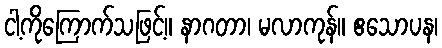
ငါ့ကိုကြောက်သဖြင့်။ နာဂတာ၊ မလာကုန်။ ဧသောပန၊